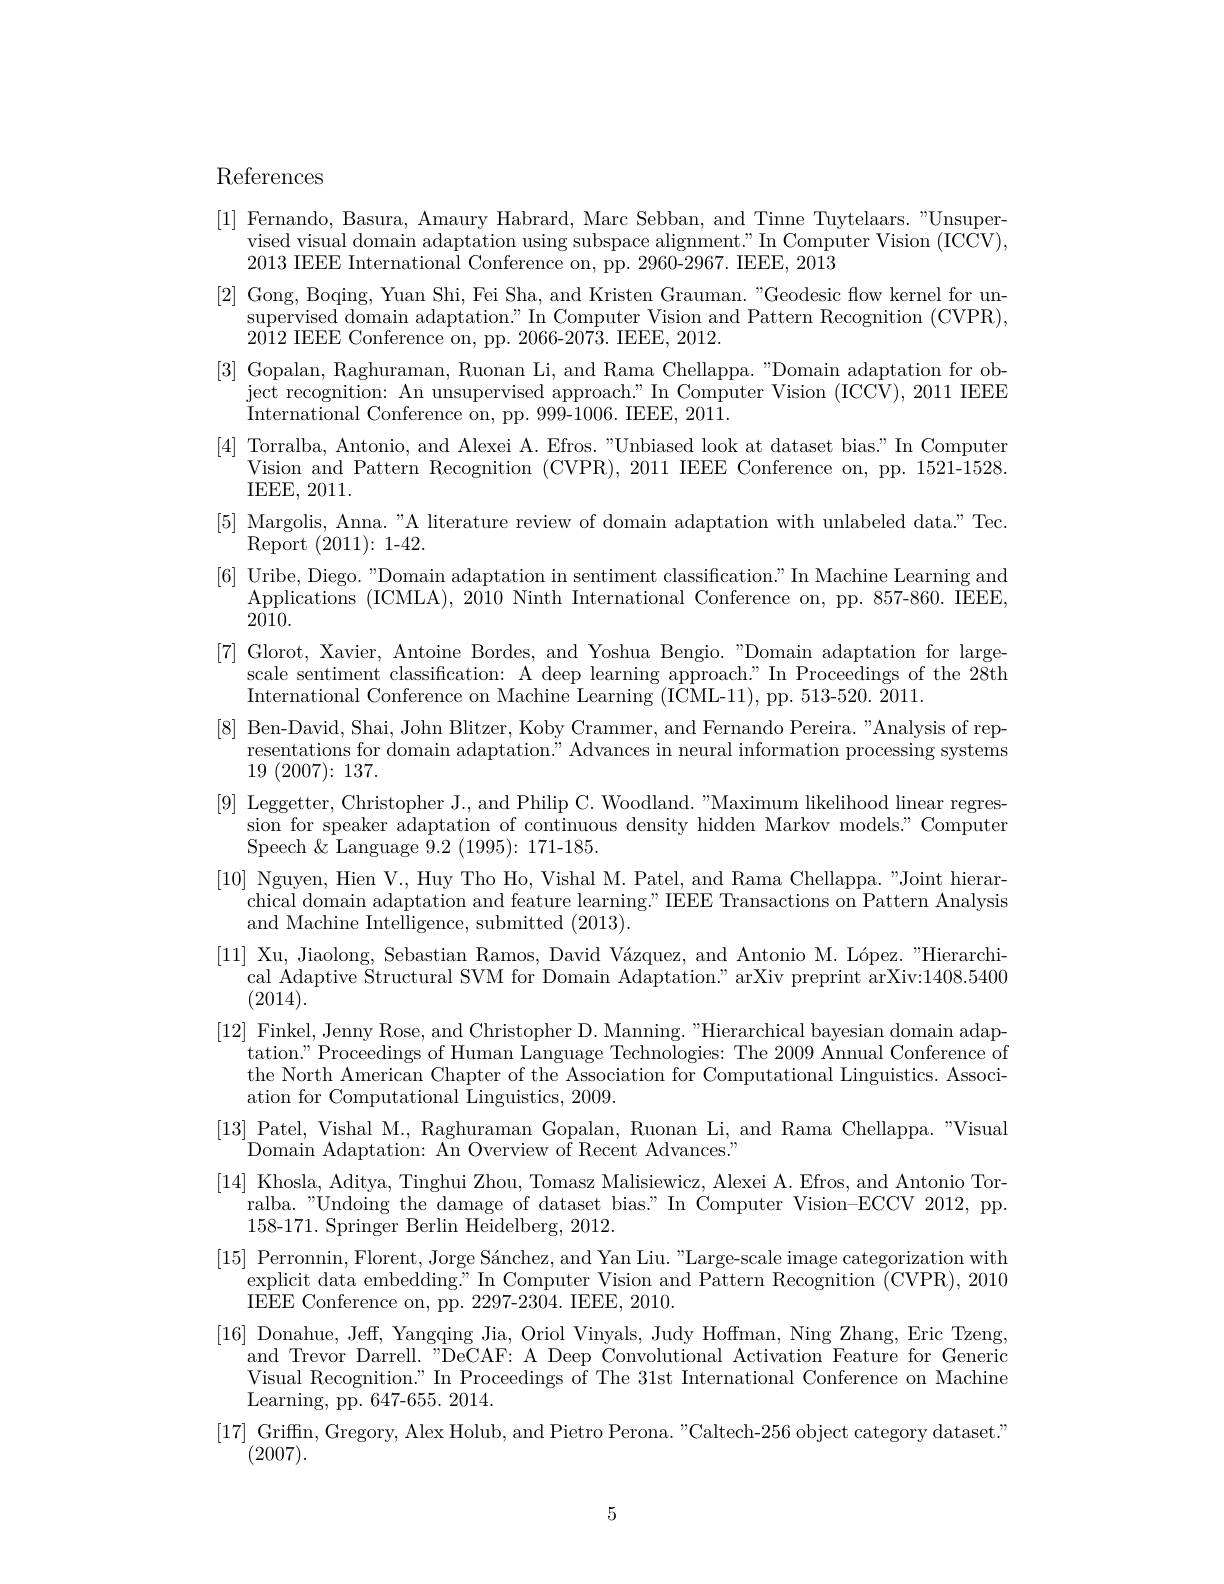
References
[1] Fernando, Basura, Amaury Habrard, Marc Sebban, and Tinne Tuytelaars."Unsuper-
vised visual domain adaptation using subspace alignment." In Computer Vision (ICCV),
2013 IEEE International Conference on, pp. 2960-2967. IEEE, 2013
[2] Gong, Boqing, Yuan Shi, Fei Sha, and Kristen Grauman. "Geodesic flow kernel for un-
supervised domain adaptation." In Computer Vision and Pattern Recognition (CVPR),
2012 IEEE Conference on, pp. 2066-2073. IEEE, 2012.
[3] Gopalan, Raghuraman, Ruonan Li, and Rama Chellappa. "Domain adaptation for ob-
ject recognition: An unsupervised approach." In Computer Vision (ICCV), 2011 IEEE
International Conference on, pp. 999-1006. IEEE, 2011.
[4] Torralba, Antonio, and Alexei A. Efros."Unbiased look at dataset bias." In Computer
Vision and Pattern Recognition (CVPR), 2011 IEEE Conference on, pp. 1521-1528.
IEEE, 2011.
[5] Margolis, Anna. "A literature review of domain adaptation with unlabeled data." Tec.
Report $(2011)\colon1$-42.
[6] Uribe, Diego. "Domain adaptation in sentiment classification." In Machine Learning and
Applications (ICMLA), 2010 Ninth International Conference on, pp. 857-860. IEEE,
2010.
[7] Glorot, Xavier, Antoine Bordes, and Yoshua Bengio. "Domain adaptation for large-
scale sentiment classification: A deep learning approach" In Proceedings of the 28th
International Conference on Machine Learning (ICML-11), pp. 513-520. 2011.
[8] Ben-David, Shai, John Blitzer, Koby Crammer, and Fernando Pereira. "Analysis of rep-
resentations for domain adaptation." Advances in neural information processing systems
19 $( 2007) \nobreak {: } 137.$
[9] Leggetter, Christopher J., and Philip C. Woodland. "Maximum likelihood linear regres-
sion for speaker adaptation of continuous density hidden Markov models? Computer
$\operatorname{Speech}{\tilde{\&}}$ Language $\bar{9} . 2$ ( 1995) : 171- 185.
[10] Nguyen, Hien V., Huy Tho Ho, Vishal M. Patel, and Rama Chellappa."Joint hierar-
chical domain adaptation and feature learning." IEEE Transactions on Pattern Analysis
and Machine Intelligence, submitted (2013).
[11] Xu, Jiaolong, Sebastian Ramos, David Vázquez, and Antonio M. López. "Hierarchi-
cal Adaptive Structural SVM for Domain Adaptation." arXiv preprint arXiv:1408.5400
(2014).
[12] Finkel, Jenny Rose, and Christopher D. Manning."Hierarchical bayesian domain adap-
tation." Proceedings of Human Language Technologies: The 2009 Annual Conference of the North American Chapter of the Association for Computational Linguistics. Association for Computational Linguistics, 2009.
[13] Patel, Vishal M., Raghuraman Gopalan, Ruonan Li, and Rama Chellappa. "Visual
Domain Adaptation: An Overview of Recent Advances. "
[14] Khosla, Aditya, Tinghui Zhou, Tomasz Malisiewicz, Alexei A. Efros, and Antonio Tor-
ralba."Undoing the damage of dataset bias." In Computer Vision-ECCV 2012, pp.
158-171. Springer Berlin Heidelberg, 2012.
[15] Perronnin, Florent, Jorge Sánchez, and Yan Liu. "Large-scale image categorization with
explicit data embedding." In Computer Vision and Pattern Recognition (CVPR), 2010
IEEE Conference on, pp. 2297-2304. IEEE, 2010.
[16] Donahue, Jeff, Yangqing Jia, Oriol Vinyals, Judy Hoffman, Ning Zhang, Eric Tzeng,
and Trevor Darrell."DeCAF: A Deep Convolutional Activation Feature for Generic Visual Recognition." In Proceedings of The 31st International Conference on Machine Learning, pp. 647- 655. 2014.
$\begin{array}{c}[17]&\text{Griffn, Gregory, Alex Holub, and Pietro Perona. "Caltech-256 object category dataset."}\\(2007).\end{array}$

5